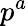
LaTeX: p^{{a}}